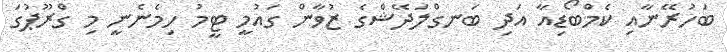
ބަހުރޭނާއި ކެމްބޯޑިއާ އަދި ބަނގްލަދޭޝްގެ ޒުވާން ގައުމީ ޓީމު ހިމެނެނީ މި ގްރޫޕުގަ